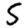
Digit: 5